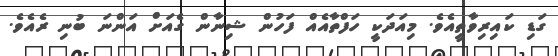
ގަޑި ކައިރިވާތީއެވެ. މިއަދަކީ ހަފްތާއެއް ފަހުން ޝިނާން ގެއަށް އަންނަ ބުނި ރެއެވެ.